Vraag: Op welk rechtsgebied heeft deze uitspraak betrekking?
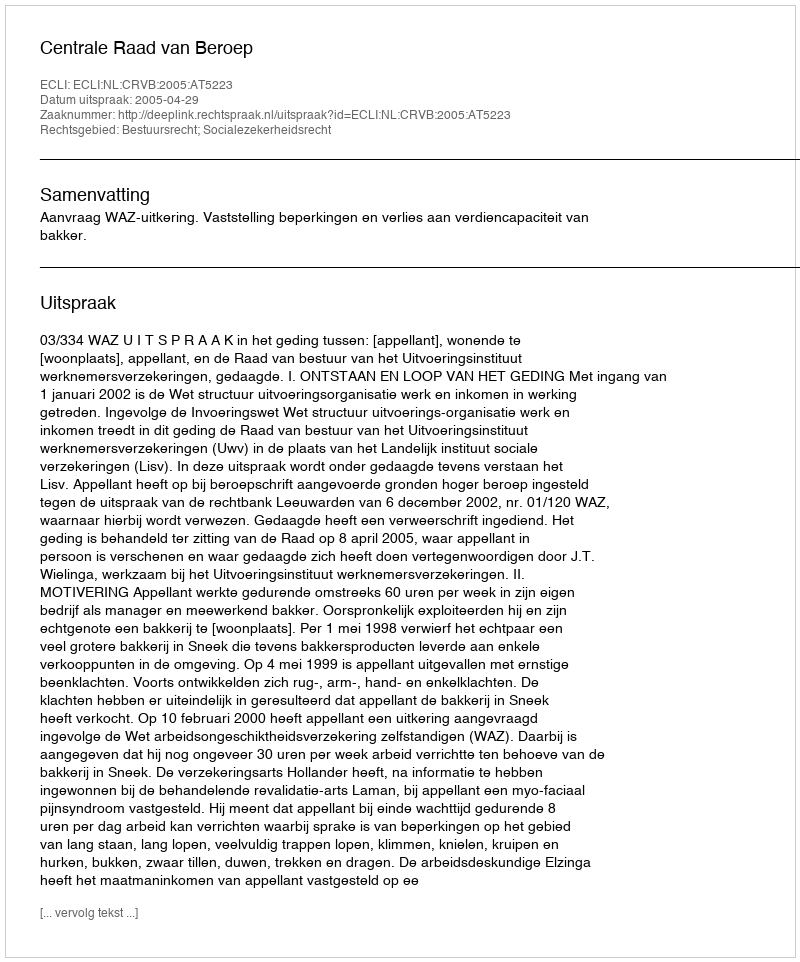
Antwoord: Bestuursrecht; Socialezekerheidsrecht